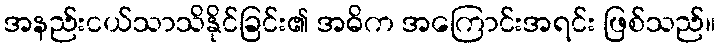
အနည်းငယ်သာသိနိုင်ခြင်း၏ အဓိက အကြောင်းအရင်း ဖြစ်သည်။